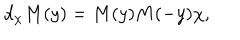
d _ { \chi } M ( y ) = M ( y ) M ( - y ) \chi ,